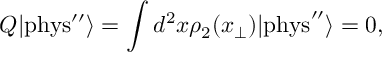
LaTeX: Q | \mathrm { { p h y s ^ { \prime \prime } } } \rangle = \int d ^ { 2 } x \rho _ { 2 } ( x _ { \perp } ) | { \mathrm { p h y s } ^ { \prime \prime } } \rangle = 0 ,